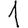
Digit: 1